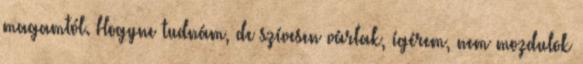
magamtól. Hogyne tudnám, de szívesen várlak, ígérem, nem mozdulok